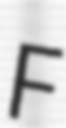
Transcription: F